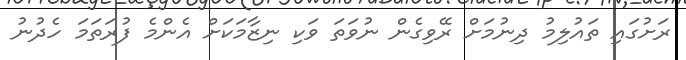
ރަށުގައި ތައުލިމު ދިނުމަށް ރޭވިގެން ނުވަތަ ވަކި ނިޒާމަކަށް އެންމެ ފުރަތަމަ ހެދުނު